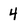
Character: 4